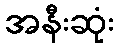
အနီးဆုံး